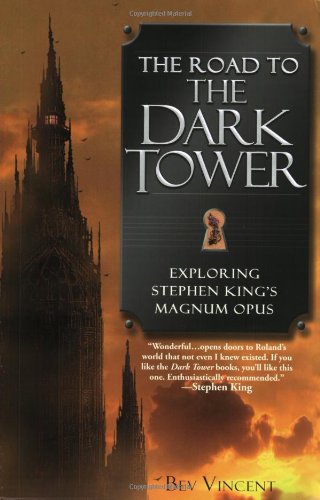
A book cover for The Road to the Dark Tower: Exploring Stephen King's Magnum Opus; Bev Vincent; Science Fiction & Fantasy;